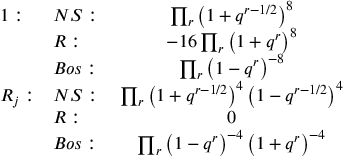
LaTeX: \begin{array} { l l c } { { 1 : } } & { { N S : \; } } & { { \prod _ { r } \left( 1 + q ^ { r - 1 / 2 } \right) ^ { 8 } \nonumber } } \\ { { } } & { { R : } } & { { - 1 6 \prod _ { r } \left( 1 + q ^ { r } \right) ^ { 8 } } } \\ { { } } & { { B o s : } } & { { \prod _ { r } \left( 1 - q ^ { r } \right) ^ { - 8 } \nonumber } } \\ { { R _ { j } : } } & { { N S : \; } } & { { \prod _ { r } \left( 1 + q ^ { r - 1 / 2 } \right) ^ { 4 } \left( 1 - q ^ { r - 1 / 2 } \right) ^ { 4 } \nonumber } } \\ { { } } & { { R : } } & { { 0 } } \\ { { } } & { { B o s : } } & { { \prod _ { r } \left( 1 - q ^ { r } \right) ^ { - 4 } \left( 1 + q ^ { r } \right) ^ { - 4 } \nonumber } } \end{array}